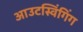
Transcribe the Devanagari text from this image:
आउटस्विंगिंग